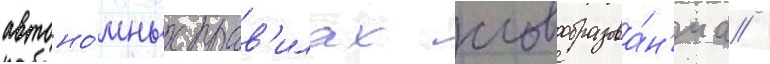
автоно́мных прав'илах словообразова́н'иа /